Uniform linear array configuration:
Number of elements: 16
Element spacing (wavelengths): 0.25
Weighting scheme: cosine
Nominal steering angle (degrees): -60
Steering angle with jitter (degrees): -59.14
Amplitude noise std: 0.05
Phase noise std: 0.05

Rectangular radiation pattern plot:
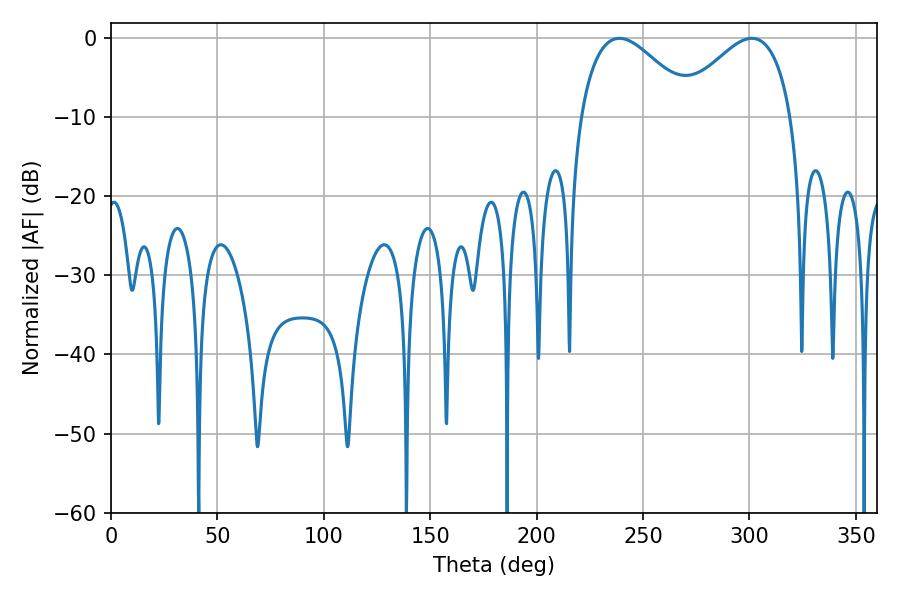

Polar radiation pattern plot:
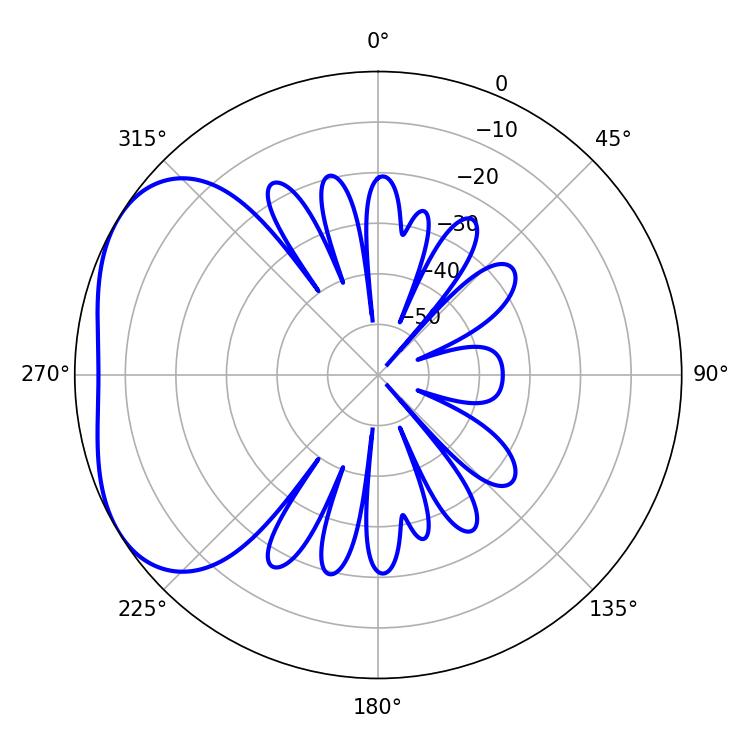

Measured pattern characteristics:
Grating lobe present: FALSE
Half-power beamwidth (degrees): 28.98
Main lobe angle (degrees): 238.86